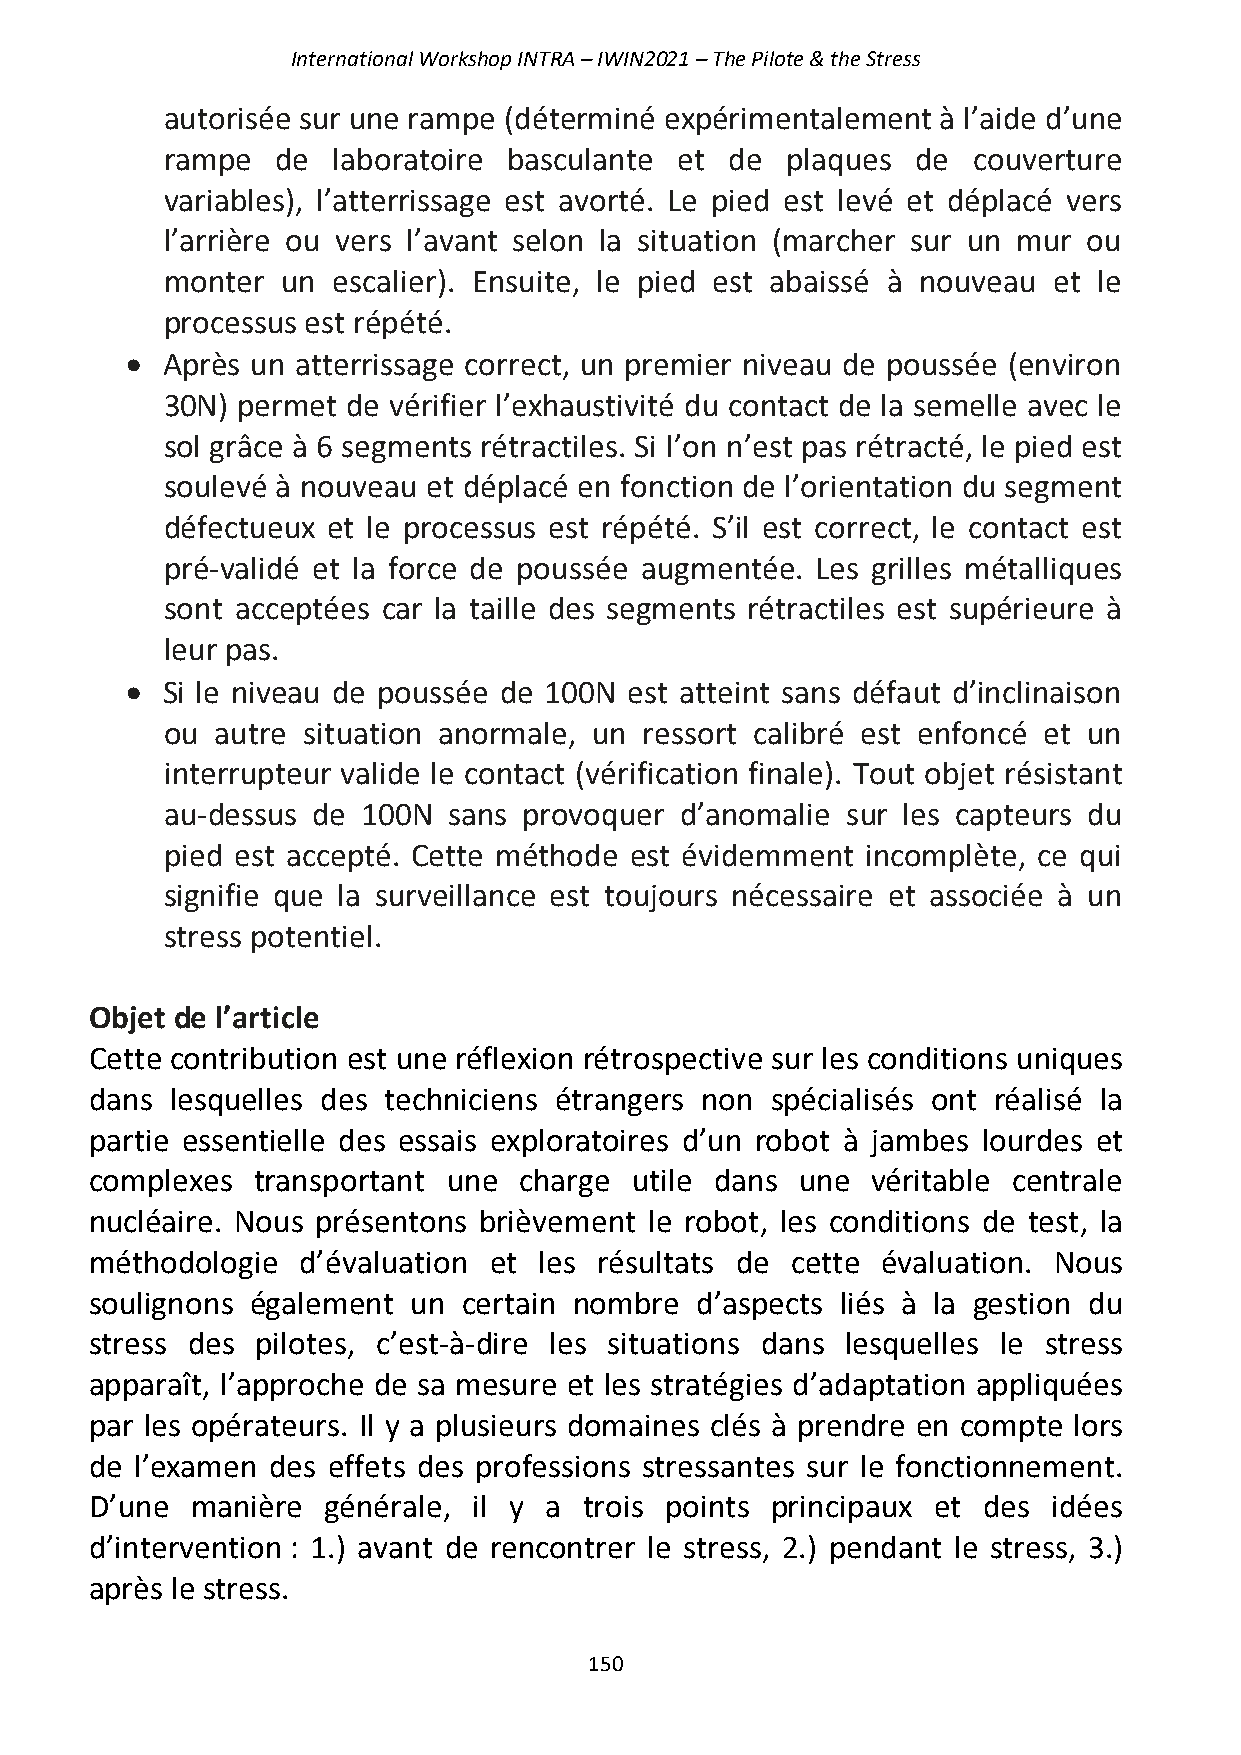
International Workshop INTRA – IWIN2021 – The Pilote & the Stress
 autorisée sur une rampe (déterminé expérimentalement à l’aide d’une
 rampe  de  laboratoire basculante et de  plaques  de couverture
 variables), l’atterrissage est avorté. Le pied est levé et déplacé vers
 l’arrière ou vers l’avant selon la situation (marcher sur un mur ou
 monter  un escalier). Ensuite, le pied est abaissé à nouveau et le
 processus est répété.
 •  Après un atterrissage correct, un premier niveau de poussée (environ
 30N) permet de vérifier l’exhaustivité du contact de la semelle avec le
 sol grâce à 6 segments rétractiles. Si l’on n’est pas rétracté, le pied est
 soulevé à nouveau et déplacé en fonction de l’orientation du segment
 défectueux et le processus est répété. S’il est correct, le contact est
 pré-validé et la force de poussée augmentée. Les grilles métalliques
 sont acceptées car la taille des segments rétractiles est supérieure à
 leur pas.
 •  Si le niveau de poussée de 100N est atteint sans défaut d’inclinaison
 ou autre situation anormale, un ressort calibré est enfoncé et un
 interrupteur valide le contact (vérification finale). Tout objet résistant
 au-dessus de 100N  sans provoquer d’anomalie sur les capteurs du
 pied est accepté. Cette méthode est évidemment incomplète, ce qui
 signifie que la surveillance est toujours nécessaire et associée à un
 stress potentiel.
 Objet de l’article
 Cette contribution est une réflexion rétrospective sur les conditions uniques
 dans lesquelles des techniciens étrangers non spécialisés ont réalisé la
 partie essentielle des essais exploratoires d’un robot à jambes lourdes et
 complexes  transportant une charge  utile dans une  véritable centrale
 nucléaire. Nous présentons brièvement le robot, les conditions de test, la
 méthodologie  d’évaluation et les résultats de cette évaluation. Nous
 soulignons également un  certain nombre d’aspects liés à la gestion du
 stress des pilotes, c’est-à-dire les situations dans lesquelles le stress
 apparaît, l’approche de sa mesure et les stratégies d’adaptation appliquées
 par les opérateurs. Il y a plusieurs domaines clés à prendre en compte lors
 de l’examen des effets des professions stressantes sur le fonctionnement.
 D’une  manière générale, il y a  trois points principaux et des idées
 d’intervention : 1.) avant de rencontrer le stress, 2.) pendant le stress, 3.)
 après le stress.
 150